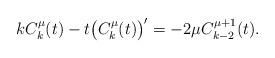
LaTeX: \begin{align*}kC_k^\mu(t)-t\big(C_k^\mu(t)\big)'=-2\mu C_{k-2}^{\mu+1}(t).\end{align*}